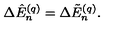
\Delta \hat { E } _ { n } ^ { ( q ) } = \Delta \tilde { E } _ { n } ^ { ( q ) } .